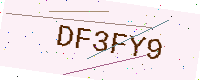
Text: DF3FY9